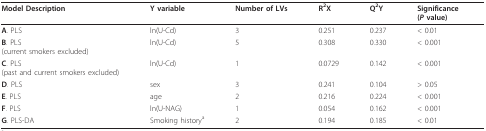
<table><thead><tr><td><b>Model Description</b></td><td><b>Y variable</b></td><td><b>Number of LVs</b></td><td><b>R<sup>2</sup>X</b></td><td><b>Q<sup>2</sup>Y</b></td><td><b>Significance(<i>P </i>value)</b></td></tr></thead><tbody><tr><td><b>A</b>. PLS</td><td>ln(U-Cd)</td><td>3</td><td>0.251</td><td>0.237</td><td>&lt; 0.01</td></tr><tr><td><b>B</b>. PLS(current smokers excluded)</td><td>ln(U-Cd)</td><td>5</td><td>0.308</td><td>0.330</td><td>&lt; 0.001</td></tr><tr><td><b>C</b>. PLS(past and current smokers excluded)</td><td>ln(U-Cd)</td><td>1</td><td>0.0729</td><td>0.142</td><td>&lt; 0.001</td></tr><tr><td><b>D</b>. PLS</td><td>sex</td><td>3</td><td>0.241</td><td>0.104</td><td>&gt; 0.05</td></tr><tr><td><b>E</b>. PLS</td><td>age</td><td>2</td><td>0.216</td><td>0.224</td><td>&lt; 0.001</td></tr><tr><td><b>F</b>. PLS</td><td>ln(U-NAG)</td><td>1</td><td>0.054</td><td>0.162</td><td>&lt; 0.001</td></tr><tr><td><b>G</b>. PLS-DA</td><td>Smoking history<sup>a</sup></td><td>2</td><td>0.194</td><td>0.185</td><td>&lt; 0.01</td></tr></tbody></table>